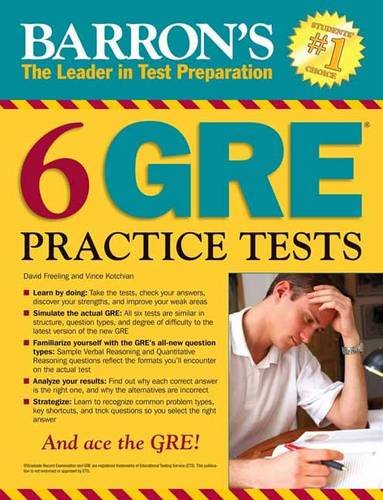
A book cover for Barron's 6 GRE Practice Tests, 2nd Edition; David Freeling; Test Preparation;